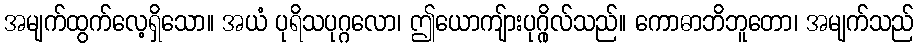
အမျက်ထွက်လေ့ရှိသော။ အယံ ပုရိသပုဂ္ဂလော၊ ဤယောကျ်ားပုဂ္ဂိုလ်သည်။ ကောဓာဘိဘူတော၊ အမျက်သည်